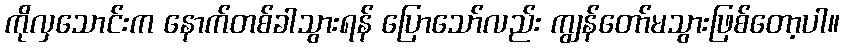
ကိုလှသောင်းက နောက်တစ်ခါသွားရန် ပြောသော်လည်း ကျွန်တော်မသွားဖြစ်တော့ပါ။